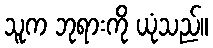
သူက ဘုရားကို ယုံသည်။